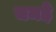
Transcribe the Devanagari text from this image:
चमडे़